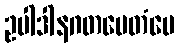
ဥပါဒါနဂတမေတံပေ